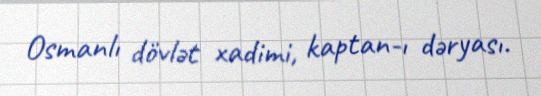
Osmanlı dövlət xadimi, kaptan-ı dəryası.